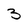
Character: 3